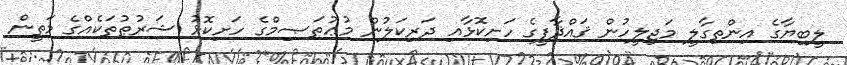
ލީބިޔާގެ އިންތިގާލީ މަޖިލީހުން ޤައްޛާފީގެ ހަށިކޮޅާއި ދަރިކަލުން މުޢުތަޞިމްގެ ހަށިކޮޅު ޝަރުޠުތަކެއްގެ މަތީން